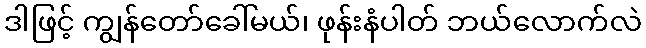
ဒါဖြင့် ကျွန်တော်ခေါ်မယ်၊ ဖုန်းနံပါတ် ဘယ်လောက်လဲ